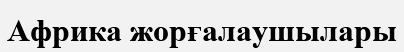
Африка жорғалаушылары